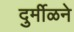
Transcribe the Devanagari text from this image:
दुर्मीळने